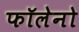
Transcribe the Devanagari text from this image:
फॉलेनो